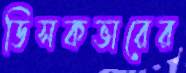
ডিসকভারের